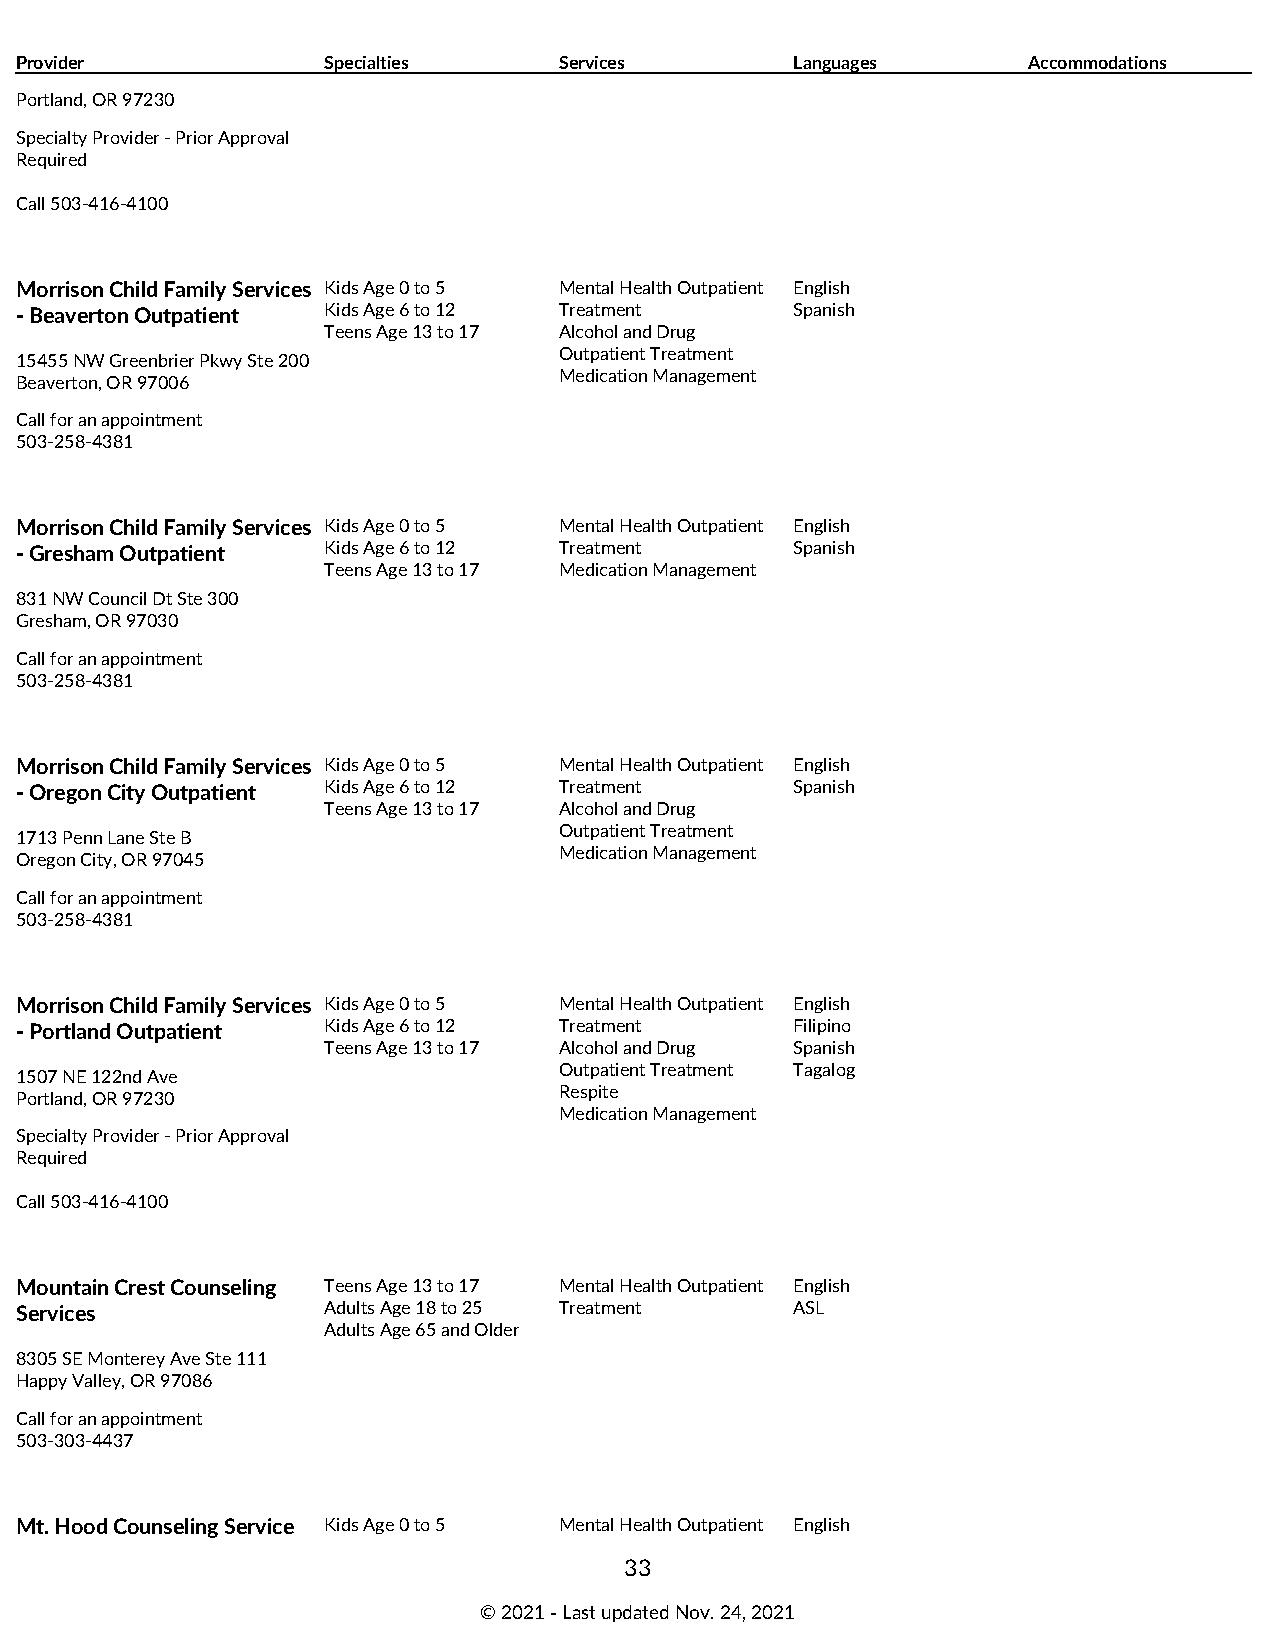
Provider            Specialties     Services        Languages      Accommodations
 Portland, OR 97230
 Specialty Provider - Prior Approval
 Required
 Call 503-416-4100
 Morrison Child Family Services Kids Age 0 to 5 Mental Health Outpatient English
 - Beaverton Outpatient Kids Age 6 to 12 Treatment   Spanish
 Teens Age 13 to 17 Alcohol and Drug
 Outpatient Treatment
 15455 NW Greenbrier Pkwy Ste 200
 Medication Management
 Beaverton, OR 97006
 Call for an appointment
 503-258-4381
 Morrison Child Family Services Kids Age 0 to 5 Mental Health Outpatient English
 - Gresham Outpatient Kids Age 6 to 12 Treatment     Spanish
 Teens Age 13 to 17 Medication Management
 831 NW Council Dt Ste 300
 Gresham, OR 97030
 Call for an appointment
 503-258-4381
 Morrison Child Family Services Kids Age 0 to 5 Mental Health Outpatient English
 - Oregon City Outpatient Kids Age 6 to 12 Treatment Spanish
 Teens Age 13 to 17 Alcohol and Drug
 Outpatient Treatment
 1713 Penn Lane Ste B
 Medication Management
 Oregon City, OR 97045
 Call for an appointment
 503-258-4381
 Morrison Child Family Services Kids Age 0 to 5 Mental Health Outpatient English
 - Portland Outpatient Kids Age 6 to 12 Treatment    Filipino
 Teens Age 13 to 17 Alcohol and Drug Spanish
 Outpatient Treatment Tagalog
 1507 NE 122nd Ave
 Respite
 Portland, OR 97230
 Medication Management
 Specialty Provider - Prior Approval
 Required
 Call 503-416-4100
 Mountain Crest Counseling Teens Age 13 to 17 Mental Health Outpatient English
 Services            Adults Age 18 to 25 Treatment   ASL
 Adults Age 65 and Older
 8305 SE Monterey Ave Ste 111
 Happy Valley, OR 97086
 Call for an appointment
 503-303-4437
 Mt. Hood Counseling Service Kids Age 0 to 5 Mental Health Outpatient English
 33
 © 2021 ‑ Last updated Nov. 24, 2021